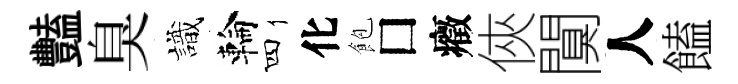
豔臭識輪四化飽□癥俠闃人饁